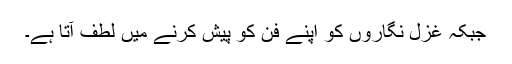
جبکہ غزل نگاروں کو اپنے فن کو پیش کرنے میں لطف آتا ہے۔